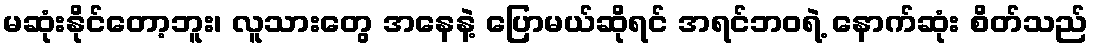
မဆုံးနိုင်တော့ဘူး၊ လူသားတွေ အနေနဲ့ ပြောမယ်ဆိုရင် အရင်ဘဝရဲ့ နောက်ဆုံး စိတ်သည်